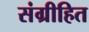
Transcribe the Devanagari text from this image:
संग्रीहित